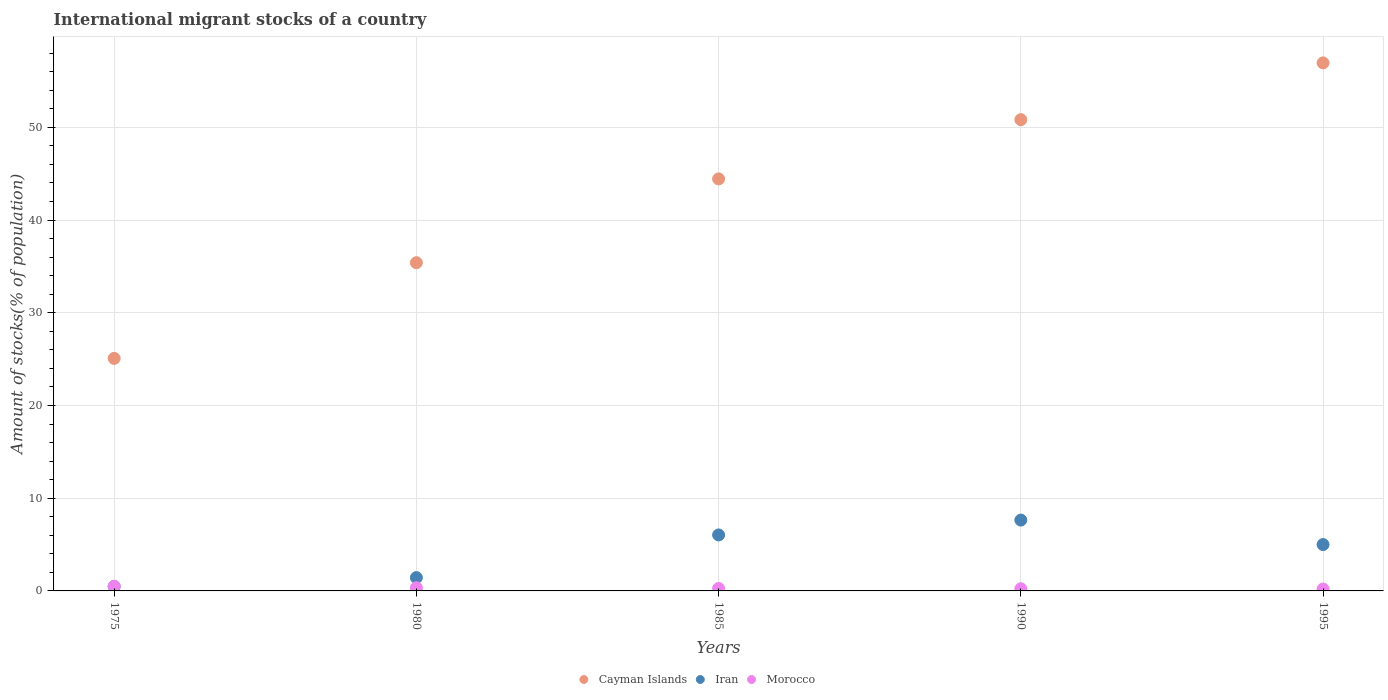
| Years | Cayman Islands | Iran | Morocco |
 | --- | --- | --- | --- |
 | 1975 | 25.1 | 0.48 | 0.507 |
 | 1980 | 35.4 | 1.44 | 0.344 |
 | 1985 | 44.4 | 6.04 | 0.265 |
 | 1990 | 50.8 | 7.64 | 0.231 |
 | 1995 | 56.9 | 5 | 0.204 |